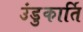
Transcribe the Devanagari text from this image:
उंडुकार्ति